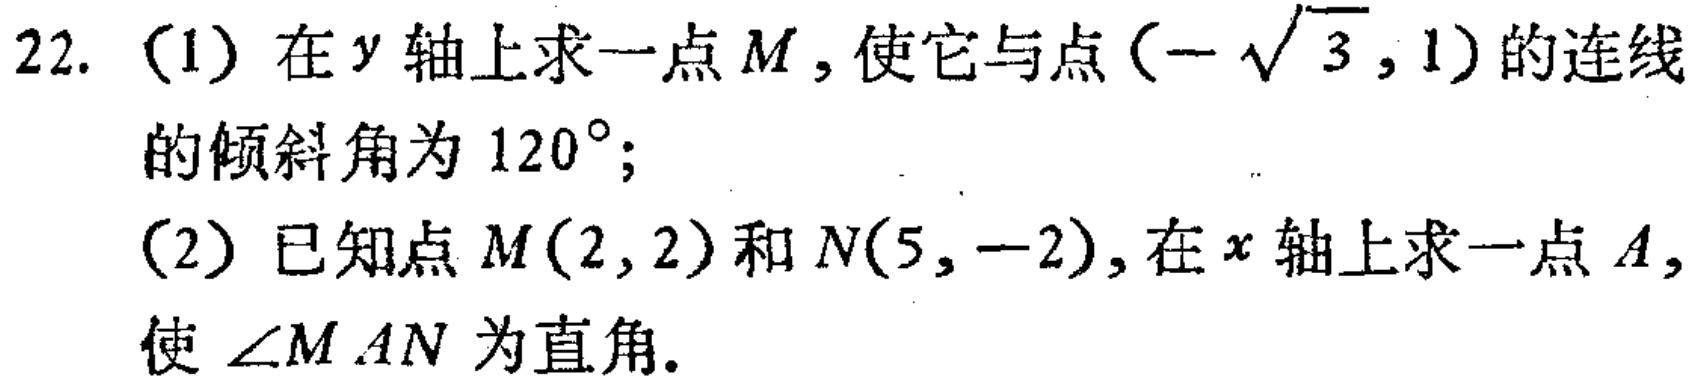
22. (1) 在\(y\)轴上求一点\(M\)，使它与点\((-\sqrt{3},1)\)的连线的倾斜角为\(120^{\circ}\)；
(2) 已知点\(M(2,2)\)和\(N(5,-2)\)，在\(x\)轴上求一点\(A\)，使\(\angle MAN\)为直角。